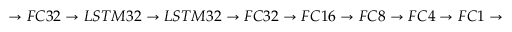
\rightarrow F C 3 2 \rightarrow L S T M 3 2 \rightarrow L S T M 3 2 \rightarrow F C 3 2 \rightarrow F C 1 6 \rightarrow F C 8 \rightarrow F C 4 \rightarrow F C 1 \rightarrow